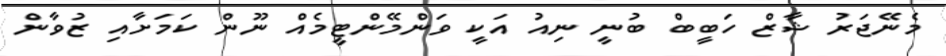
މެނޭޖަރު ޝާޒް ހަބީބް ބުނީ ނިއު އަކީ ވަންމޭންޓީމެއް ނޫން ކަމަށާއި ޒުވާން